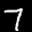
Label: 7